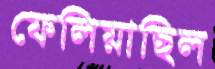
ফেলিয়াছিল